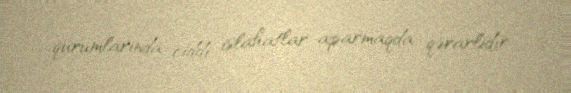
qurumlarında ciddi islahatlar aparmaqda qərarlıdır.